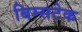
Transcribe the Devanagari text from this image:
बिम्सटेक